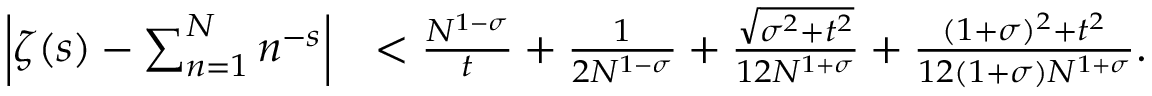
\begin{array} { r l } { \left| \zeta ( s ) - \sum _ { n = 1 } ^ { N } n ^ { - s } \right| } & { < \frac { N ^ { 1 - \sigma } } { t } + \frac { 1 } { 2 N ^ { 1 - \sigma } } + \frac { \sqrt { \sigma ^ { 2 } + t ^ { 2 } } } { 1 2 N ^ { 1 + \sigma } } + \frac { ( 1 + \sigma ) ^ { 2 } + t ^ { 2 } } { 1 2 ( 1 + \sigma ) N ^ { 1 + \sigma } } . } \end{array}